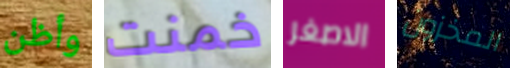
وأظن خمنت الاصغر المخزون